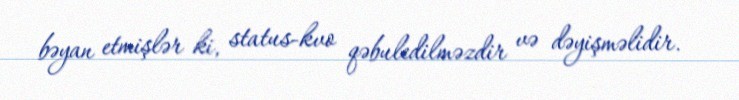
bəyan etmişlər ki, status-kvo qəbuledilməzdir və dəyişməlidir.